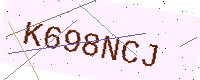
Text: K698NCJ